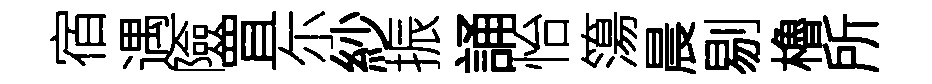
宿遇險罝尓紗振誦怡簜晨剔櫓所